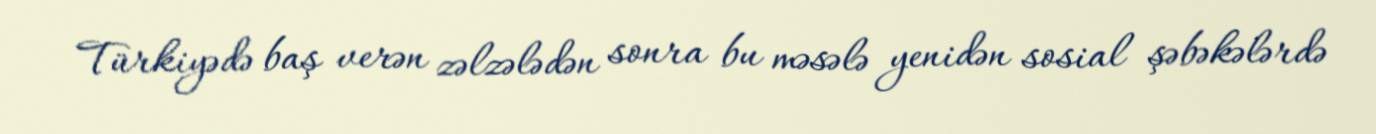
Türkiyədə baş verən zəlzələdən sonra bu məsələ yenidən sosial şəbəkələrdə